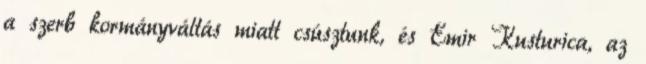
a szerb kormányváltás miatt csúsztunk, és Emir Kusturica, az